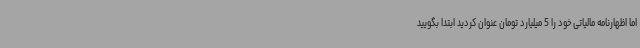
اما اظهارنامه مالیاتی خود را 5 میلیارد تومان عنوان کردید ابتدا بگویید